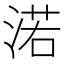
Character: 渃